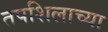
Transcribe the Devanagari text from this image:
तपशिलाच्या